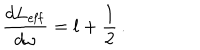
\frac { d L _ { \mathrm { e f f } } } { d \omega } = l + \frac { 1 } { 2 } \, .